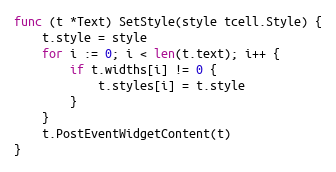
Language: Go
func (t *Text) SetStyle(style tcell.Style) {
	t.style = style
	for i := 0; i < len(t.text); i++ {
		if t.widths[i] != 0 {
			t.styles[i] = t.style
		}
	}
	t.PostEventWidgetContent(t)
}